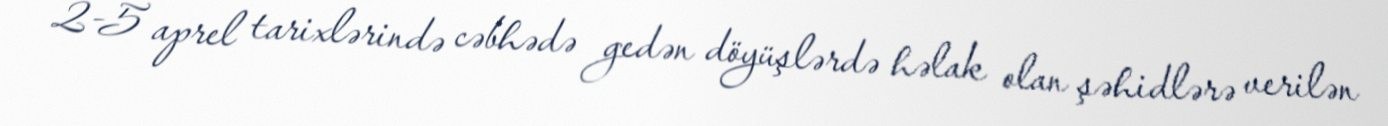
2-5 aprel tarixlərində cəbhədə gedən döyüşlərdə həlak olan şəhidlərə verilən